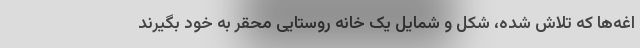
اغه‌ها که تلاش شده، شکل و شمایل یک خانه روستایی محقر به خود بگیرند